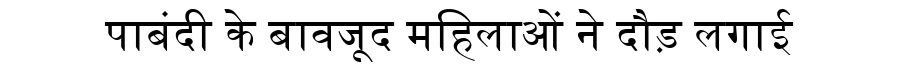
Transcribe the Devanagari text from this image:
पाबंदी के बावजूद महिलाओं ने दौड़ लगाई